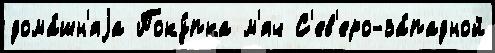
дома́шн'яjа Поку́пка м'яч С'ев'еро-за́падной